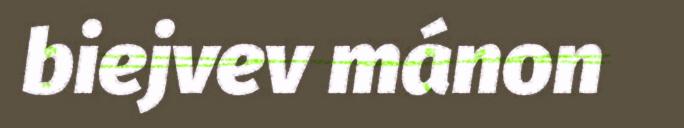
biejvev mánon